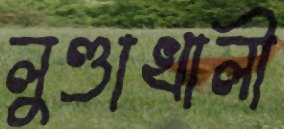
লুণ্ডাখালী